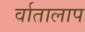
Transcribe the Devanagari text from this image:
र्वातालाप